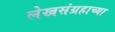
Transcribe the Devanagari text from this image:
लेखसंग्रहाच्या